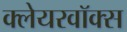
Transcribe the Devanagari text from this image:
क्लेयरवॉक्स